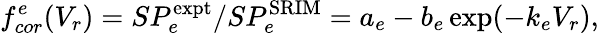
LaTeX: f_{cor}^{e}(V_{r})=SP_{e}^{\mathrm{expt}}/SP_{e}^{\mathrm{SRIM}}=a_{e}-b_{e}\exp(-k_{e}V_{r}),